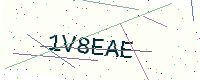
Text: 1V8EAE